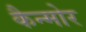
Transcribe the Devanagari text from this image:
कैन्मोर